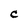
Character: C